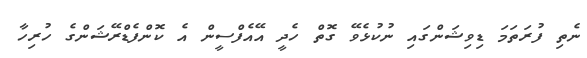
ނެތި ފުރަތަމަ ޑިވިޝަންގައި ނުކުޅެވޭ ގޮތް ހެދީ އޭއެފްސީން އެ ކޮންފެޑްރޭޝަންގެ ހުރިހާ